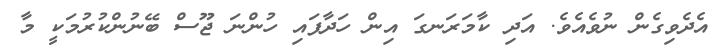
އެދެވިގެން ނުވެއެވެ. އަދި ކާމަރަނގަ އިން ހަދާފައި ހުންނަ ޖޫސް ބޭނުންކުރުމަކީ މާ